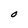
Character: O